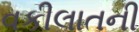
વકીલાતની